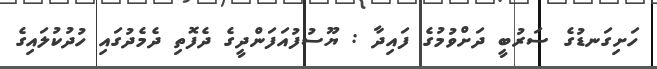
ހަށިގަނޑުގެ ސަރުބީ ދަށްވުމުގެ ފައިދާ : ޔޫސުފުއަފަންދީގެ ދެފޮތި ދެމެދުގައި ހުދުކުލައިގެ